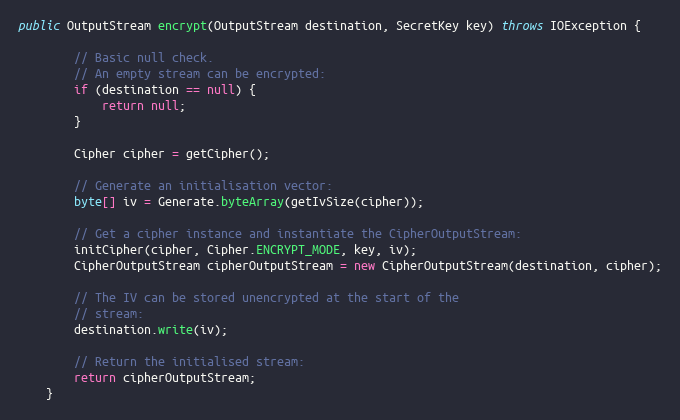
Language: Java
public OutputStream encrypt(OutputStream destination, SecretKey key) throws IOException {

        // Basic null check.
        // An empty stream can be encrypted:
        if (destination == null) {
            return null;
        }

        Cipher cipher = getCipher();

        // Generate an initialisation vector:
        byte[] iv = Generate.byteArray(getIvSize(cipher));

        // Get a cipher instance and instantiate the CipherOutputStream:
        initCipher(cipher, Cipher.ENCRYPT_MODE, key, iv);
        CipherOutputStream cipherOutputStream = new CipherOutputStream(destination, cipher);

        // The IV can be stored unencrypted at the start of the
        // stream:
        destination.write(iv);

        // Return the initialised stream:
        return cipherOutputStream;
    }